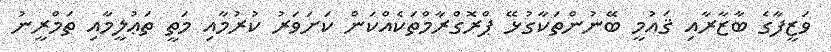
ވަޒީފާގެ ބާޒާރާއި ޤައުމީ ބޭނުންތަކާގުޅޭ ޕްރޮގްރާމްތަކެއްކަން ކަށަވަރު ކުރުމާއި މަތީ ތަޢުލީމާއި ތަމްރީނު